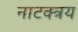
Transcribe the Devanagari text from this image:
नाटक्त्रय